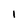
Character: 1